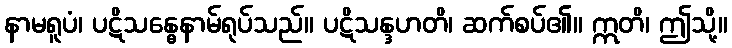
နာမရူပံ၊ ပဋိသန္ဓေနာမ်ရုပ်သည်။ ပဋိသန္ဒဟတိ၊ ဆက်စပ်၏။ ဣတိ၊ ဤသို့။